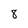
Character: 8